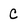
Character: C